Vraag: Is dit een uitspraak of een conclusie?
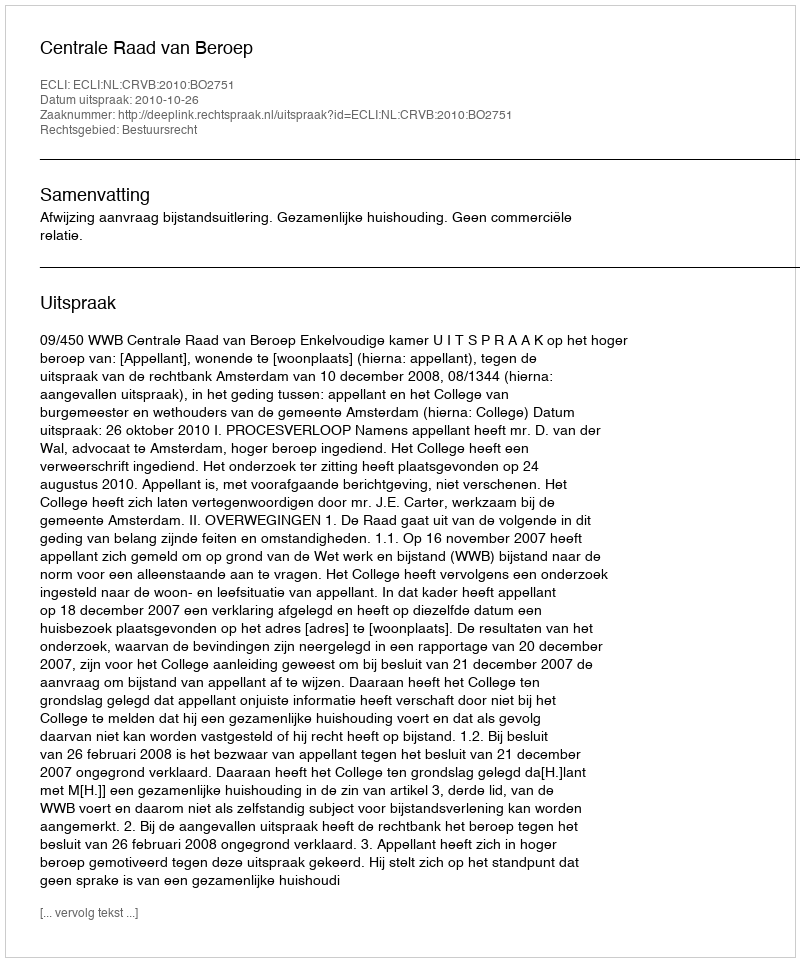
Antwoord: Uitspraak